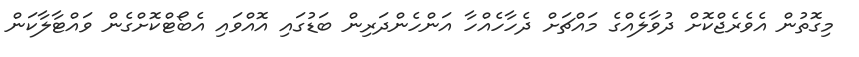
މިގޮތުން އެވެރެޖްކޮށް ދުވާލެއްގެ މައްޗަށް ދެހާހެއްހާ އަންހެންދަރިން ބަޑުގައި އޮއްވައި އެބޯޓްކޮށްގެން ވައްޓާލާކަން